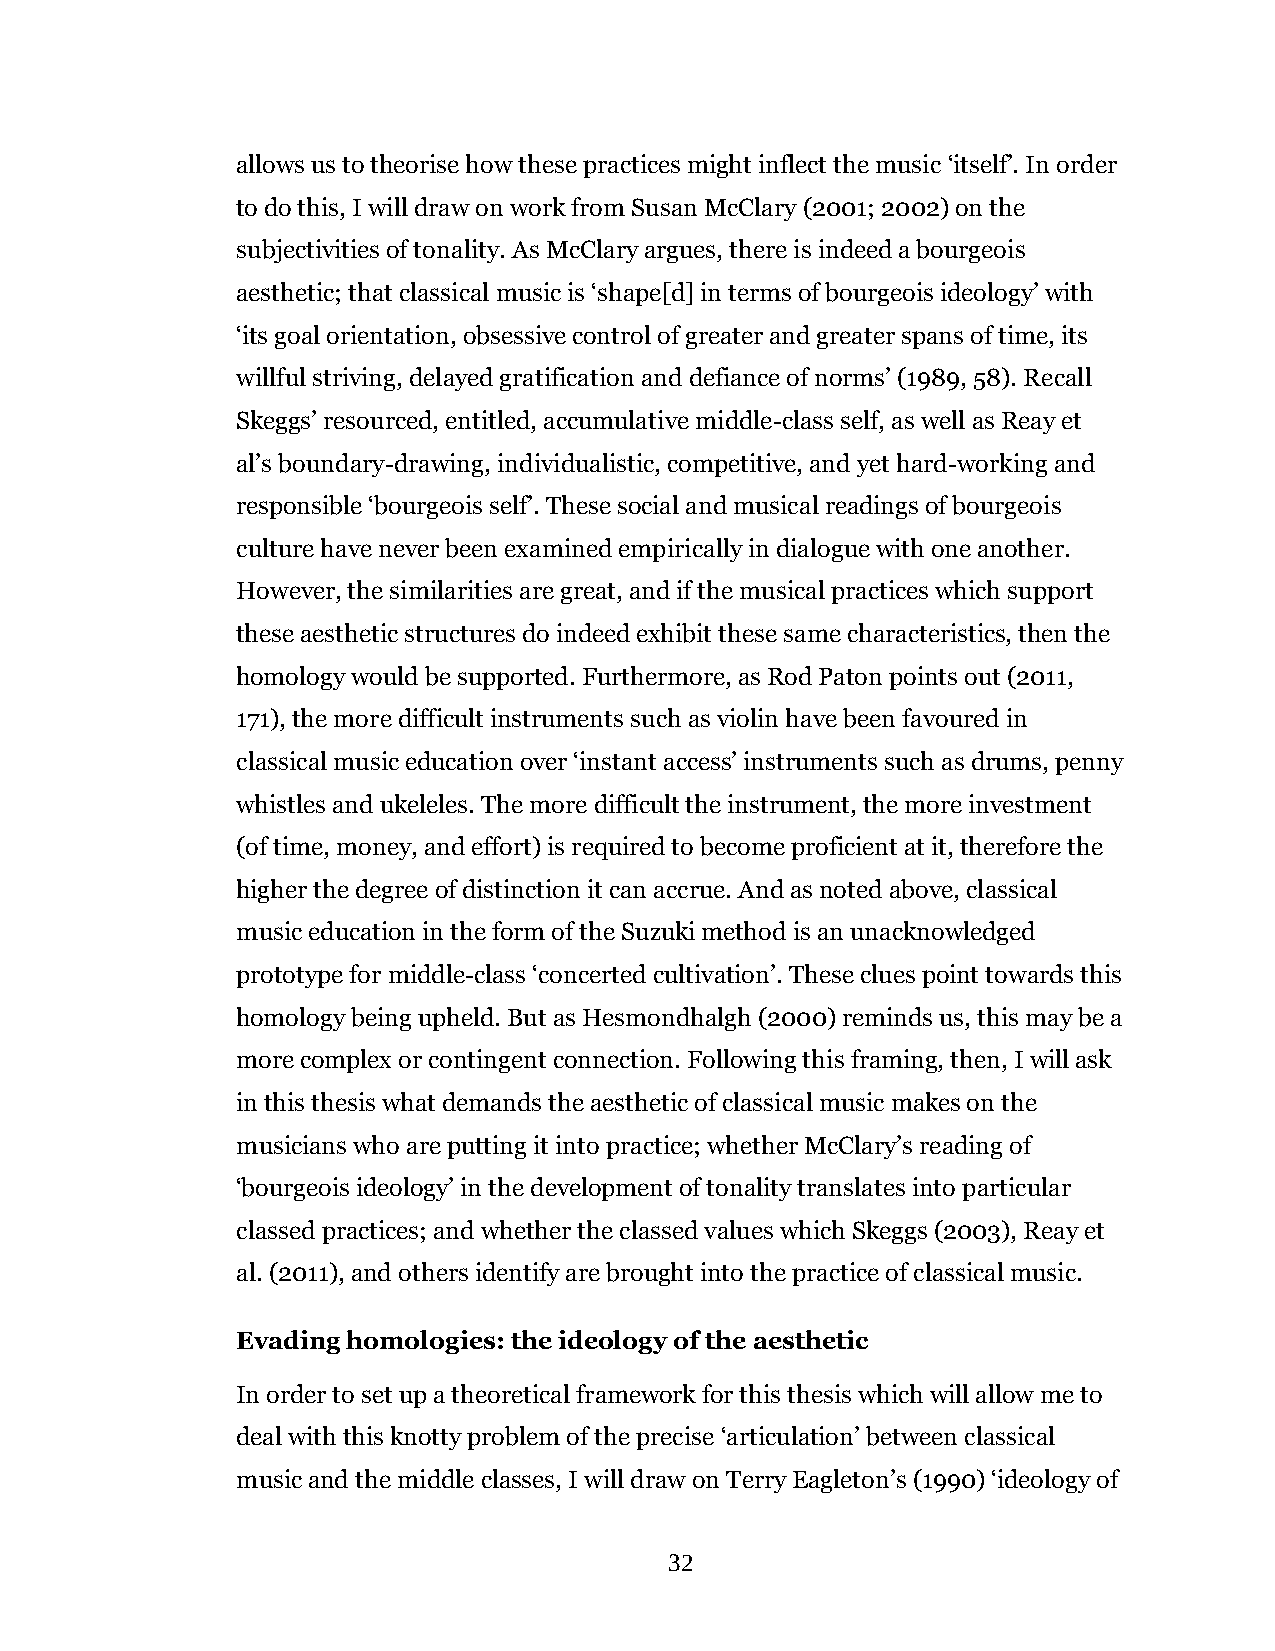
allows us to theorise how these practices might inflect the music ‘itself’. In order
 to do this, I will draw on work from Susan McClary (2001; 2002) on the
 subjectivities of tonality. As McClary argues, there is indeed a bourgeois
 aesthetic; that classical music is ‘shape[d] in terms of bourgeois ideology’ with
 ‘its goal orientation, obsessive control of greater and greater spans of time, its
 willful striving, delayed gratification and defiance of norms’ (1989, 58). Recall
 Skeggs’ resourced, entitled, accumulative middle-class self, as well as Reay et
 al’s boundary-drawing, individualistic, competitive, and yet hard-working and
 responsible ‘bourgeois self’. These social and musical readings of bourgeois
 culture have never been examined empirically in dialogue with one another.
 However, the similarities are great, and if the musical practices which support
 these aesthetic structures do indeed exhibit these same characteristics, then the
 homology would be supported. Furthermore, as Rod Paton points out (2011,
 171), the more difficult instruments such as violin have been favoured in
 classical music education over ‘instant access’ instruments such as drums, penny
 whistles and ukeleles. The more difficult the instrument, the more investment
 (of time, money, and effort) is required to become proficient at it, therefore the
 higher the degree of distinction it can accrue. And as noted above, classical
 music education in the form of the Suzuki method is an unacknowledged
 prototype for middle-class ‘concerted cultivation’. These clues point towards this
 homology being upheld. But as Hesmondhalgh (2000) reminds us, this may be a
 more complex or contingent connection. Following this framing, then, I will ask
 in this thesis what demands the aesthetic of classical music makes on the
 musicians who are putting it into practice; whether McClary’s reading of
 ‘bourgeois ideology’ in the development of tonality translates into particular
 classed practices; and whether the classed values which Skeggs (2003), Reay et
 al. (2011), and others identify are brought into the practice of classical music.
 Evading homologies: the ideology of the aesthetic
 In order to set up a theoretical framework for this thesis which will allow me to
 deal with this knotty problem of the precise ‘articulation’ between classical
 music and the middle classes, I will draw on Terry Eagleton’s (1990) ‘ideology of
 32